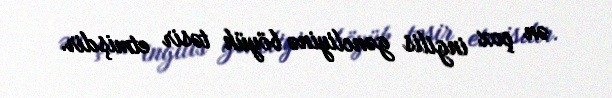
ən çox ingilis gəncliyinə böyük təsir etmişdir.